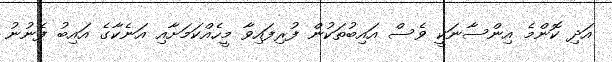
އަދި ކޮންމެ އިންސާނަކީ ވެސް އައިބުތަކުން ފުރިފައިވާ މީހެއްކަމަށާއި އަނެކާގެ އައިބު ފެނުނު